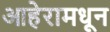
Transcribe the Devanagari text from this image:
आहेरामधून